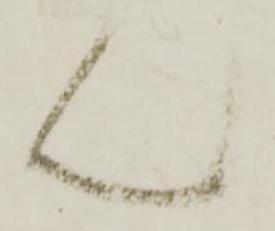
ん